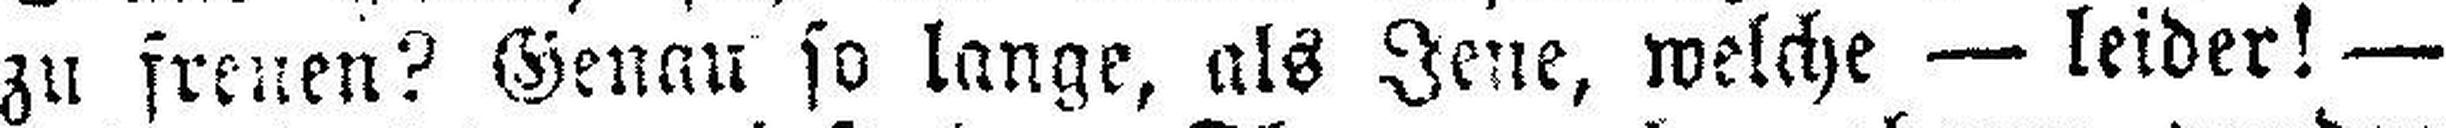
zu freuen? Genau so lange, als Jene, welche — leider! —